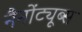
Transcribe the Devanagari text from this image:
नैनोंट्यूब्स